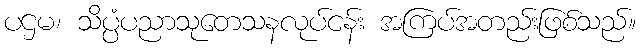
ပဌမ၊ သိပ္ပံပညာသုတေသနလုပ်ငန်း အကြပ်အတည်းဖြစ်သည်။